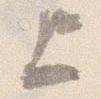
上